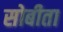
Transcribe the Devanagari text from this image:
सोबीता